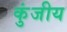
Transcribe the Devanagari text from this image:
कुंजीय